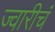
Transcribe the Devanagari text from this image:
ज्वारीचं